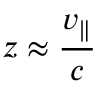
z \approx { \frac { v _ { \parallel } } { c } }